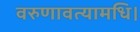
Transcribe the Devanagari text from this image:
वरुणावत्यामधि।